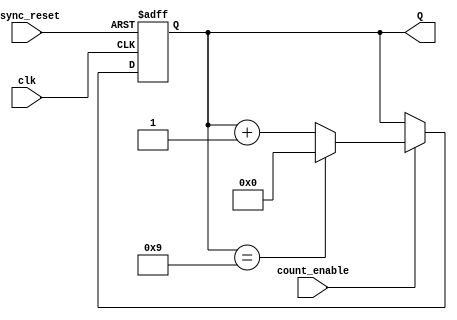
module BCD_Asynchronous_Counter (
    input wire clk,             // Clock input
    input wire count_enable,    // Count enable input
    input wire async_reset,     // Asynchronous reset input
    output reg [3:0] Q          // 4-bit BCD output
);

// Asynchronous reset and counter logic
always @(posedge clk or posedge async_reset) begin
    if (async_reset) begin
        Q <= 4'b0000;           // Reset to 0000
    end else if (count_enable) begin
        if (Q == 4'b1001) begin
            Q <= 4'b0000;       // Reset to 0000 at 10 (1010)
        end else begin
            Q <= Q + 1;         // Increment the counter
        end
    end
end

endmodule